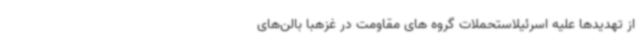
از تهدیدها علیه اسرئیلاستحملات گروه های مقاومت در غزهبا بالن‌های